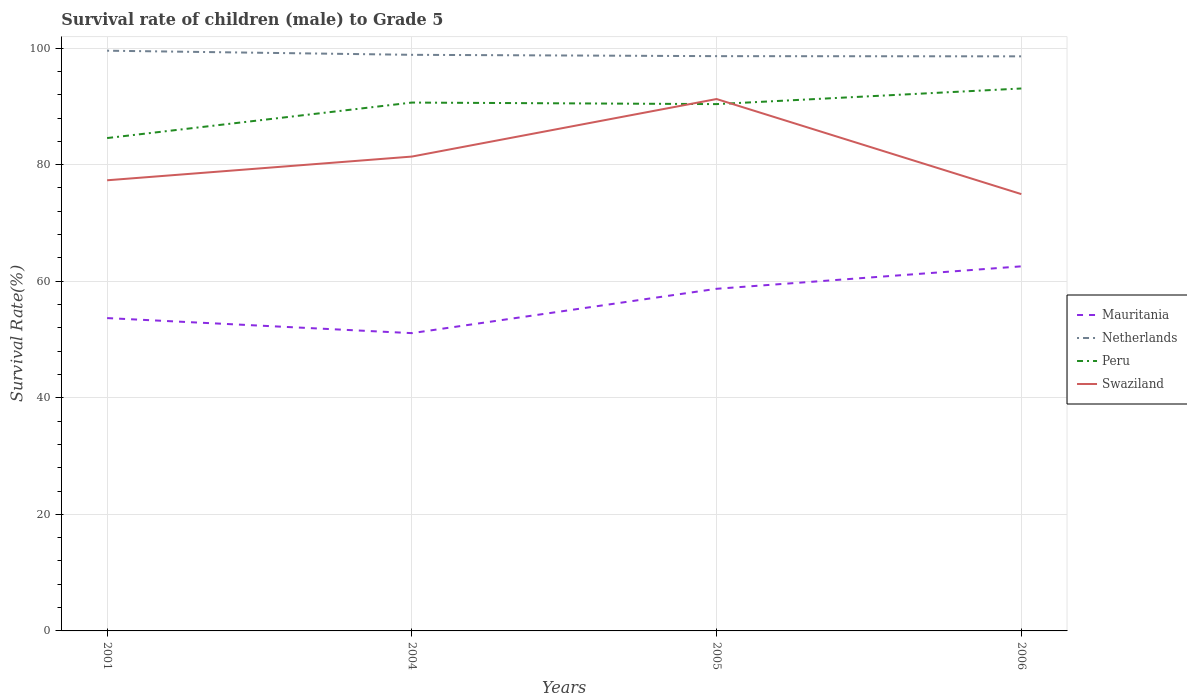
| Years | Mauritania | Netherlands | Peru | Swaziland |
 | --- | --- | --- | --- | --- |
 | 2001 | 53.7 | 99.6 | 84.6 | 77.3 |
 | 2004 | 51.1 | 98.8 | 90.7 | 81.4 |
 | 2005 | 58.7 | 98.6 | 90.4 | 91.3 |
 | 2006 | 62.6 | 98.6 | 93.1 | 74.9 |